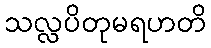
သလ္လပိတုမရဟတိ